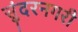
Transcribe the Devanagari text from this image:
सुंदरनगरी